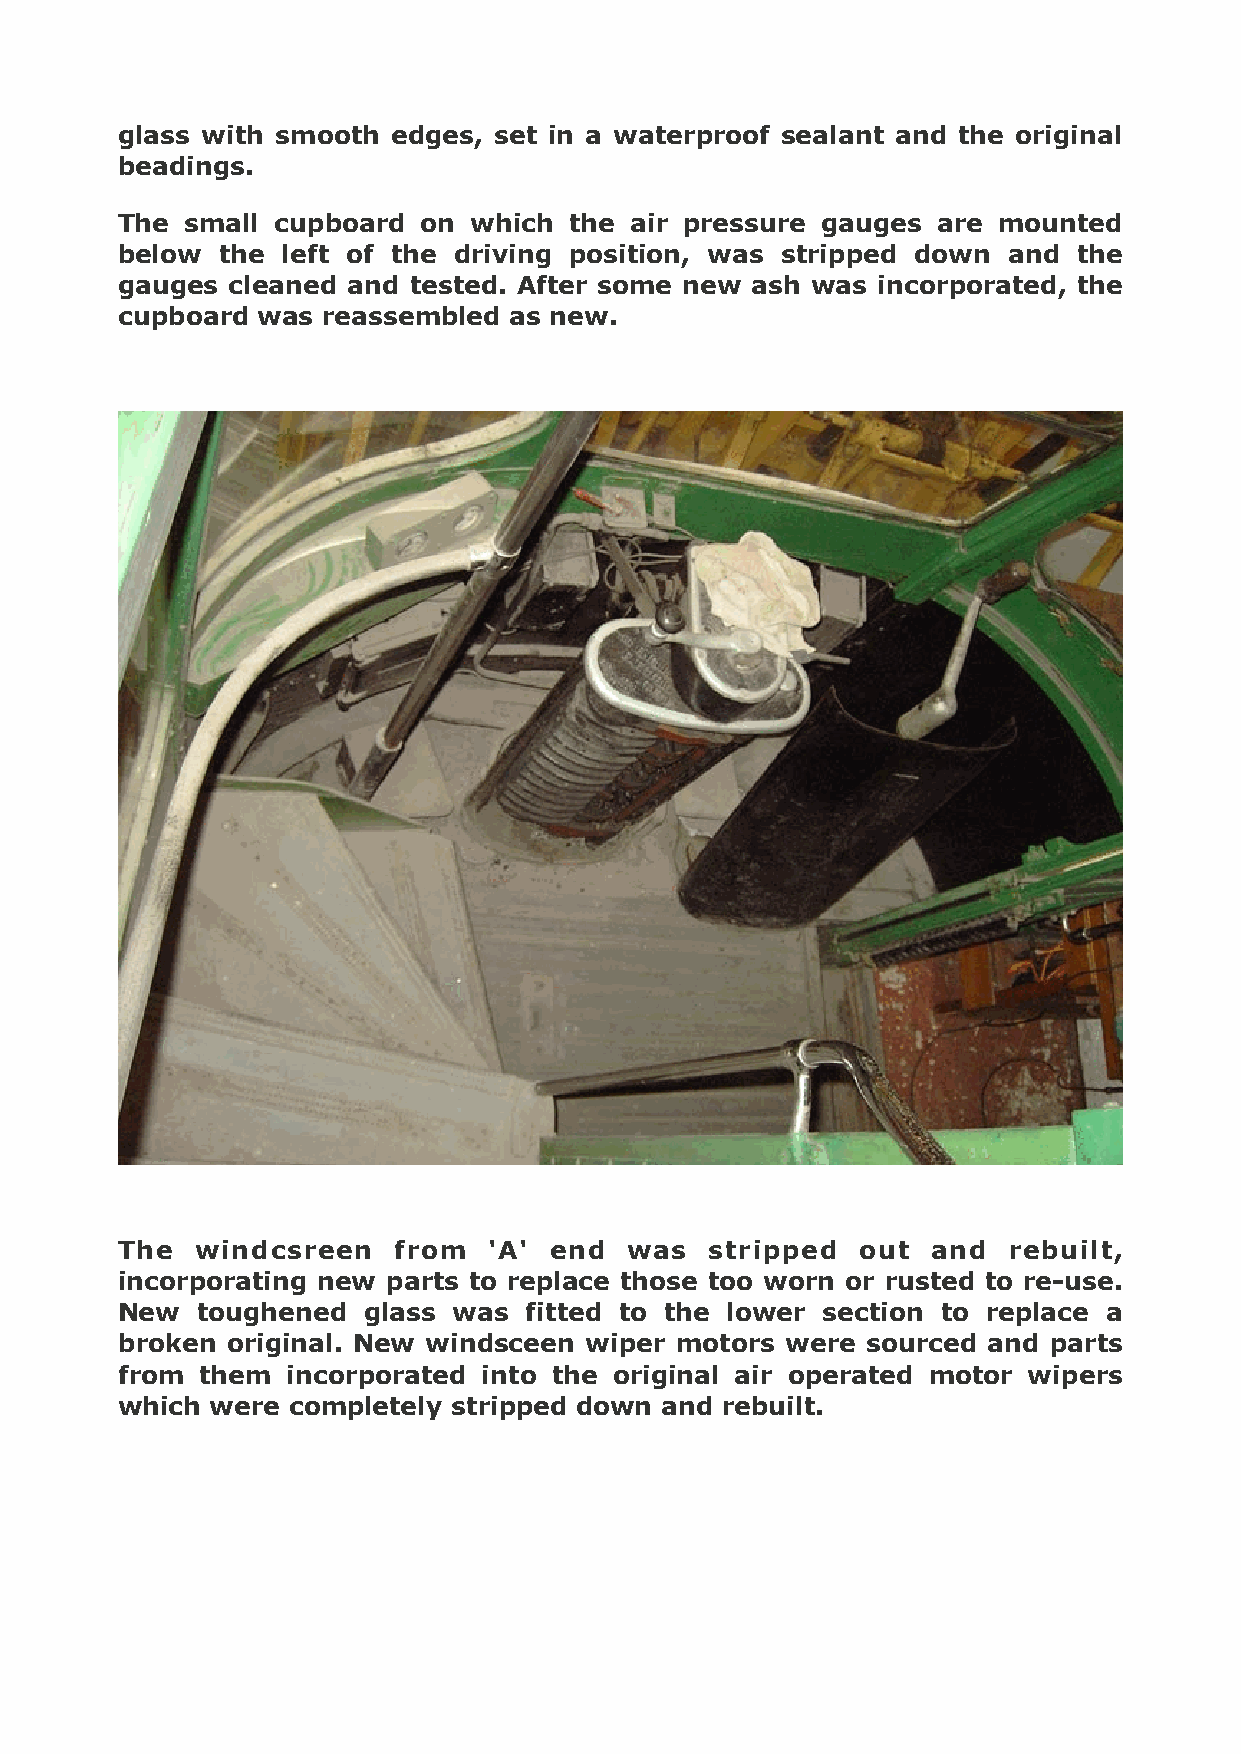
glass with smooth edges, set in a waterproof sealant and the original
 beadings.
 The small cupboard  on which  the air pressure gauges are mounted
 below  the left of the driving position, was stripped down and the
 gauges cleaned and tested. After some new ash was incorporated, the
 cupboard was reassembled  as new.
 !
 !
 !
 !
 The  windcsreen   from  'A' end  was   stripped  out  and  rebuilt,
 incorporating new parts to replace those too worn or rusted to re-use.
 New  toughened  glass was  fitted to the lower section to replace a
 broken original. New windsceen wiper motors were sourced and parts
 from them  incorporated into the original air operated motor wipers
 which were completely stripped down and rebuilt.